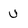
Character: U